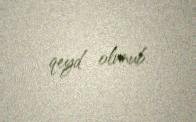
qeyd olunub.